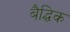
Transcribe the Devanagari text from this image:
बैद्धिक